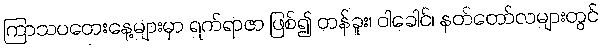
ကြာသပတေးနေ့များမှာ ရက်ရာဇာ ဖြစ်၍ တန်ခူး၊ ဝါခေါင်၊ နတ်တော်လများတွင်